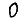
Digit: 0